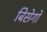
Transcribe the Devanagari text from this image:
बिसेगो